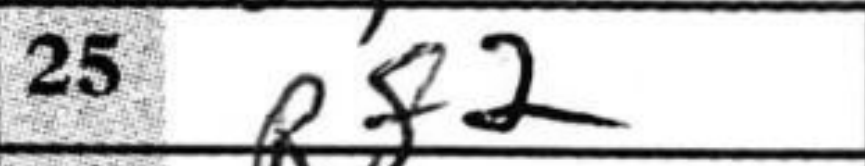
Transcription: Rf2